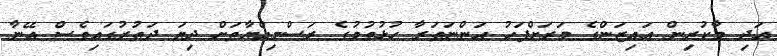
އަދި މާކުރިން އައިޒަންގެ މަރަށްފަހު އަންނަތަރާ ހުޅުވުމުގެ ރަސްމިއްޔާތަށް ދިޔަ ދަތުރުގައިވެސް އޭނާ